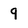
Character: 9